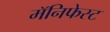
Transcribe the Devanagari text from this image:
मॅनिफेस्ट